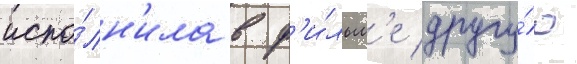
испо́лн'ила в ф'и́льм'е другу́ю